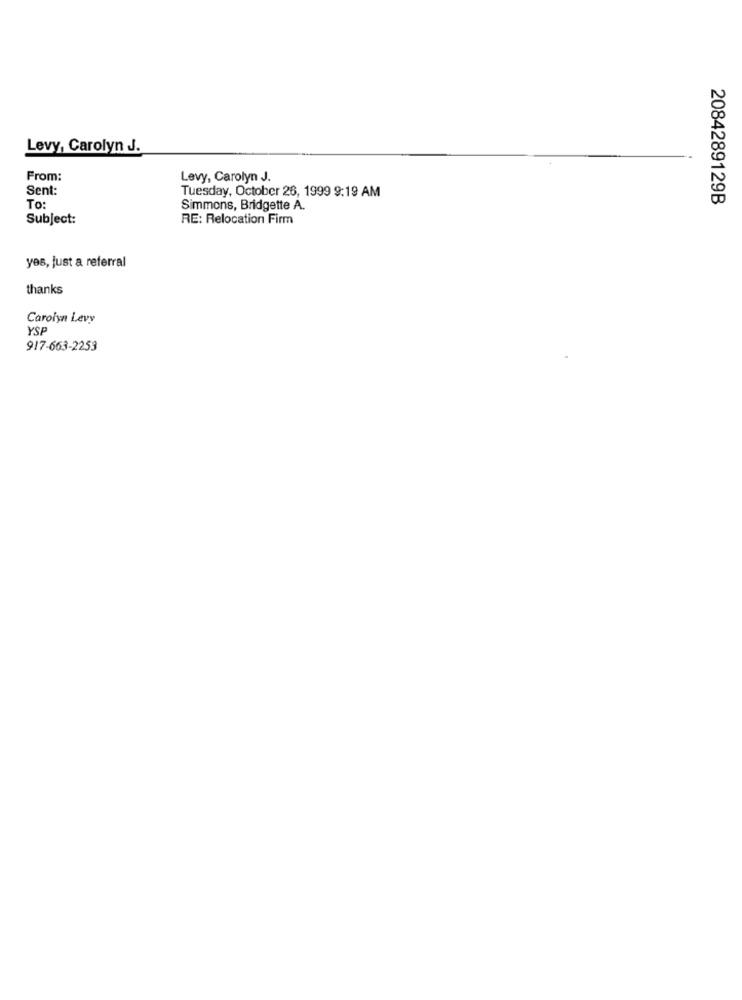
Levy, Carolyn J.
From:
Levy, Carolyn J.
Sent:
Tuesday, October 26, 1999 9:19 AM
2084289129B
To:
Simmons, Bridgette A.
Subject:
RE: Relocation Firm
yes, just a referral
thanks
Carolyn Levy
YSP
917-663-2253